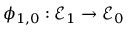
\phi _ { 1 , 0 } : { \mathcal { E } } _ { 1 } \to { \mathcal { E } } _ { 0 }